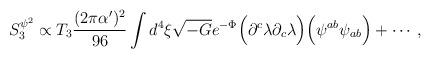
LaTeX: \begin{align*}S_3^{\psi^2} \propto T_3 {{(2 \pi \alpha')^2} \over {96}} \int d^4 \xi \sqrt{-G} e^{-\Phi} \Big( \partial^c \lambda \partial_c \lambda \Big) \Big( \psi^{ab} \psi_{ab} \Big) + \cdots,\end{align*}